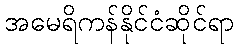
အမေရိကန်နိုင်ငံဆိုင်ရာ